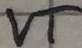
Text: VT